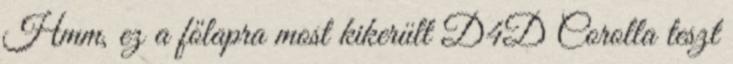
Hmm, ez a főlapra most kikerült D4D Corolla teszt